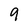
Character: 9